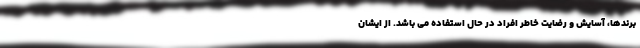
برندها، آسایش و رضایت خاطر افراد در حال استفاده می باشد. از ایشان